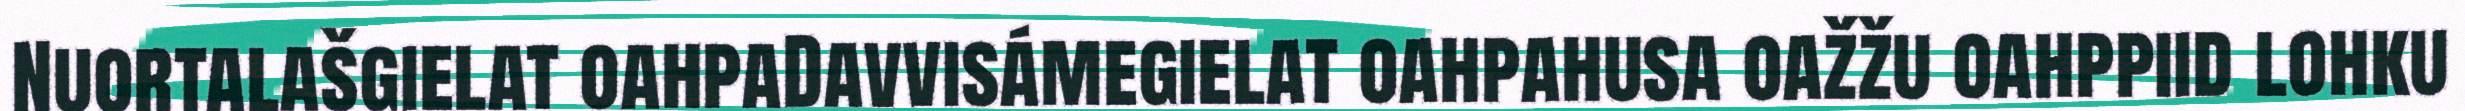
Nuortalašgielat oahpaDavvisámegielat oahpahusa oažžu oahppiid lohku